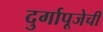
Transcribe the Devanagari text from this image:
दुर्गापूजेची